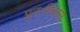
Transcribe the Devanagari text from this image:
पुनःविकास